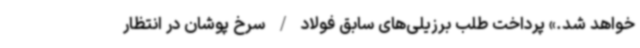
خواهد شد.» پرداخت طلب برزیلی‌های سابق فولاد / سرخ پوشان در انتظار